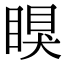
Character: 瞁